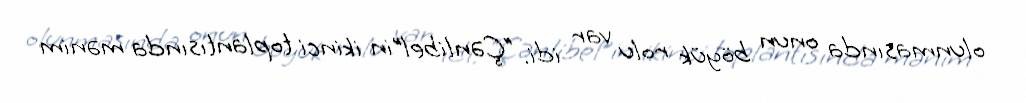
olunmasında onun böyük rolu var idi. “Çənlibel”in ikinci toplantısında mənim